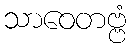
သာဝေတဗ္ဗံ